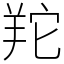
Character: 䍫